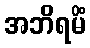
အဘိရမိံ